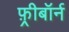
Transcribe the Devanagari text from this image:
फ़्रीबॉर्न